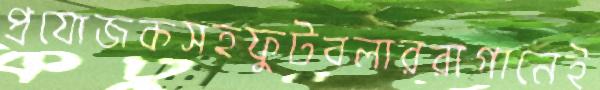
প্রযোজকসহফুটবলাররাগানেই